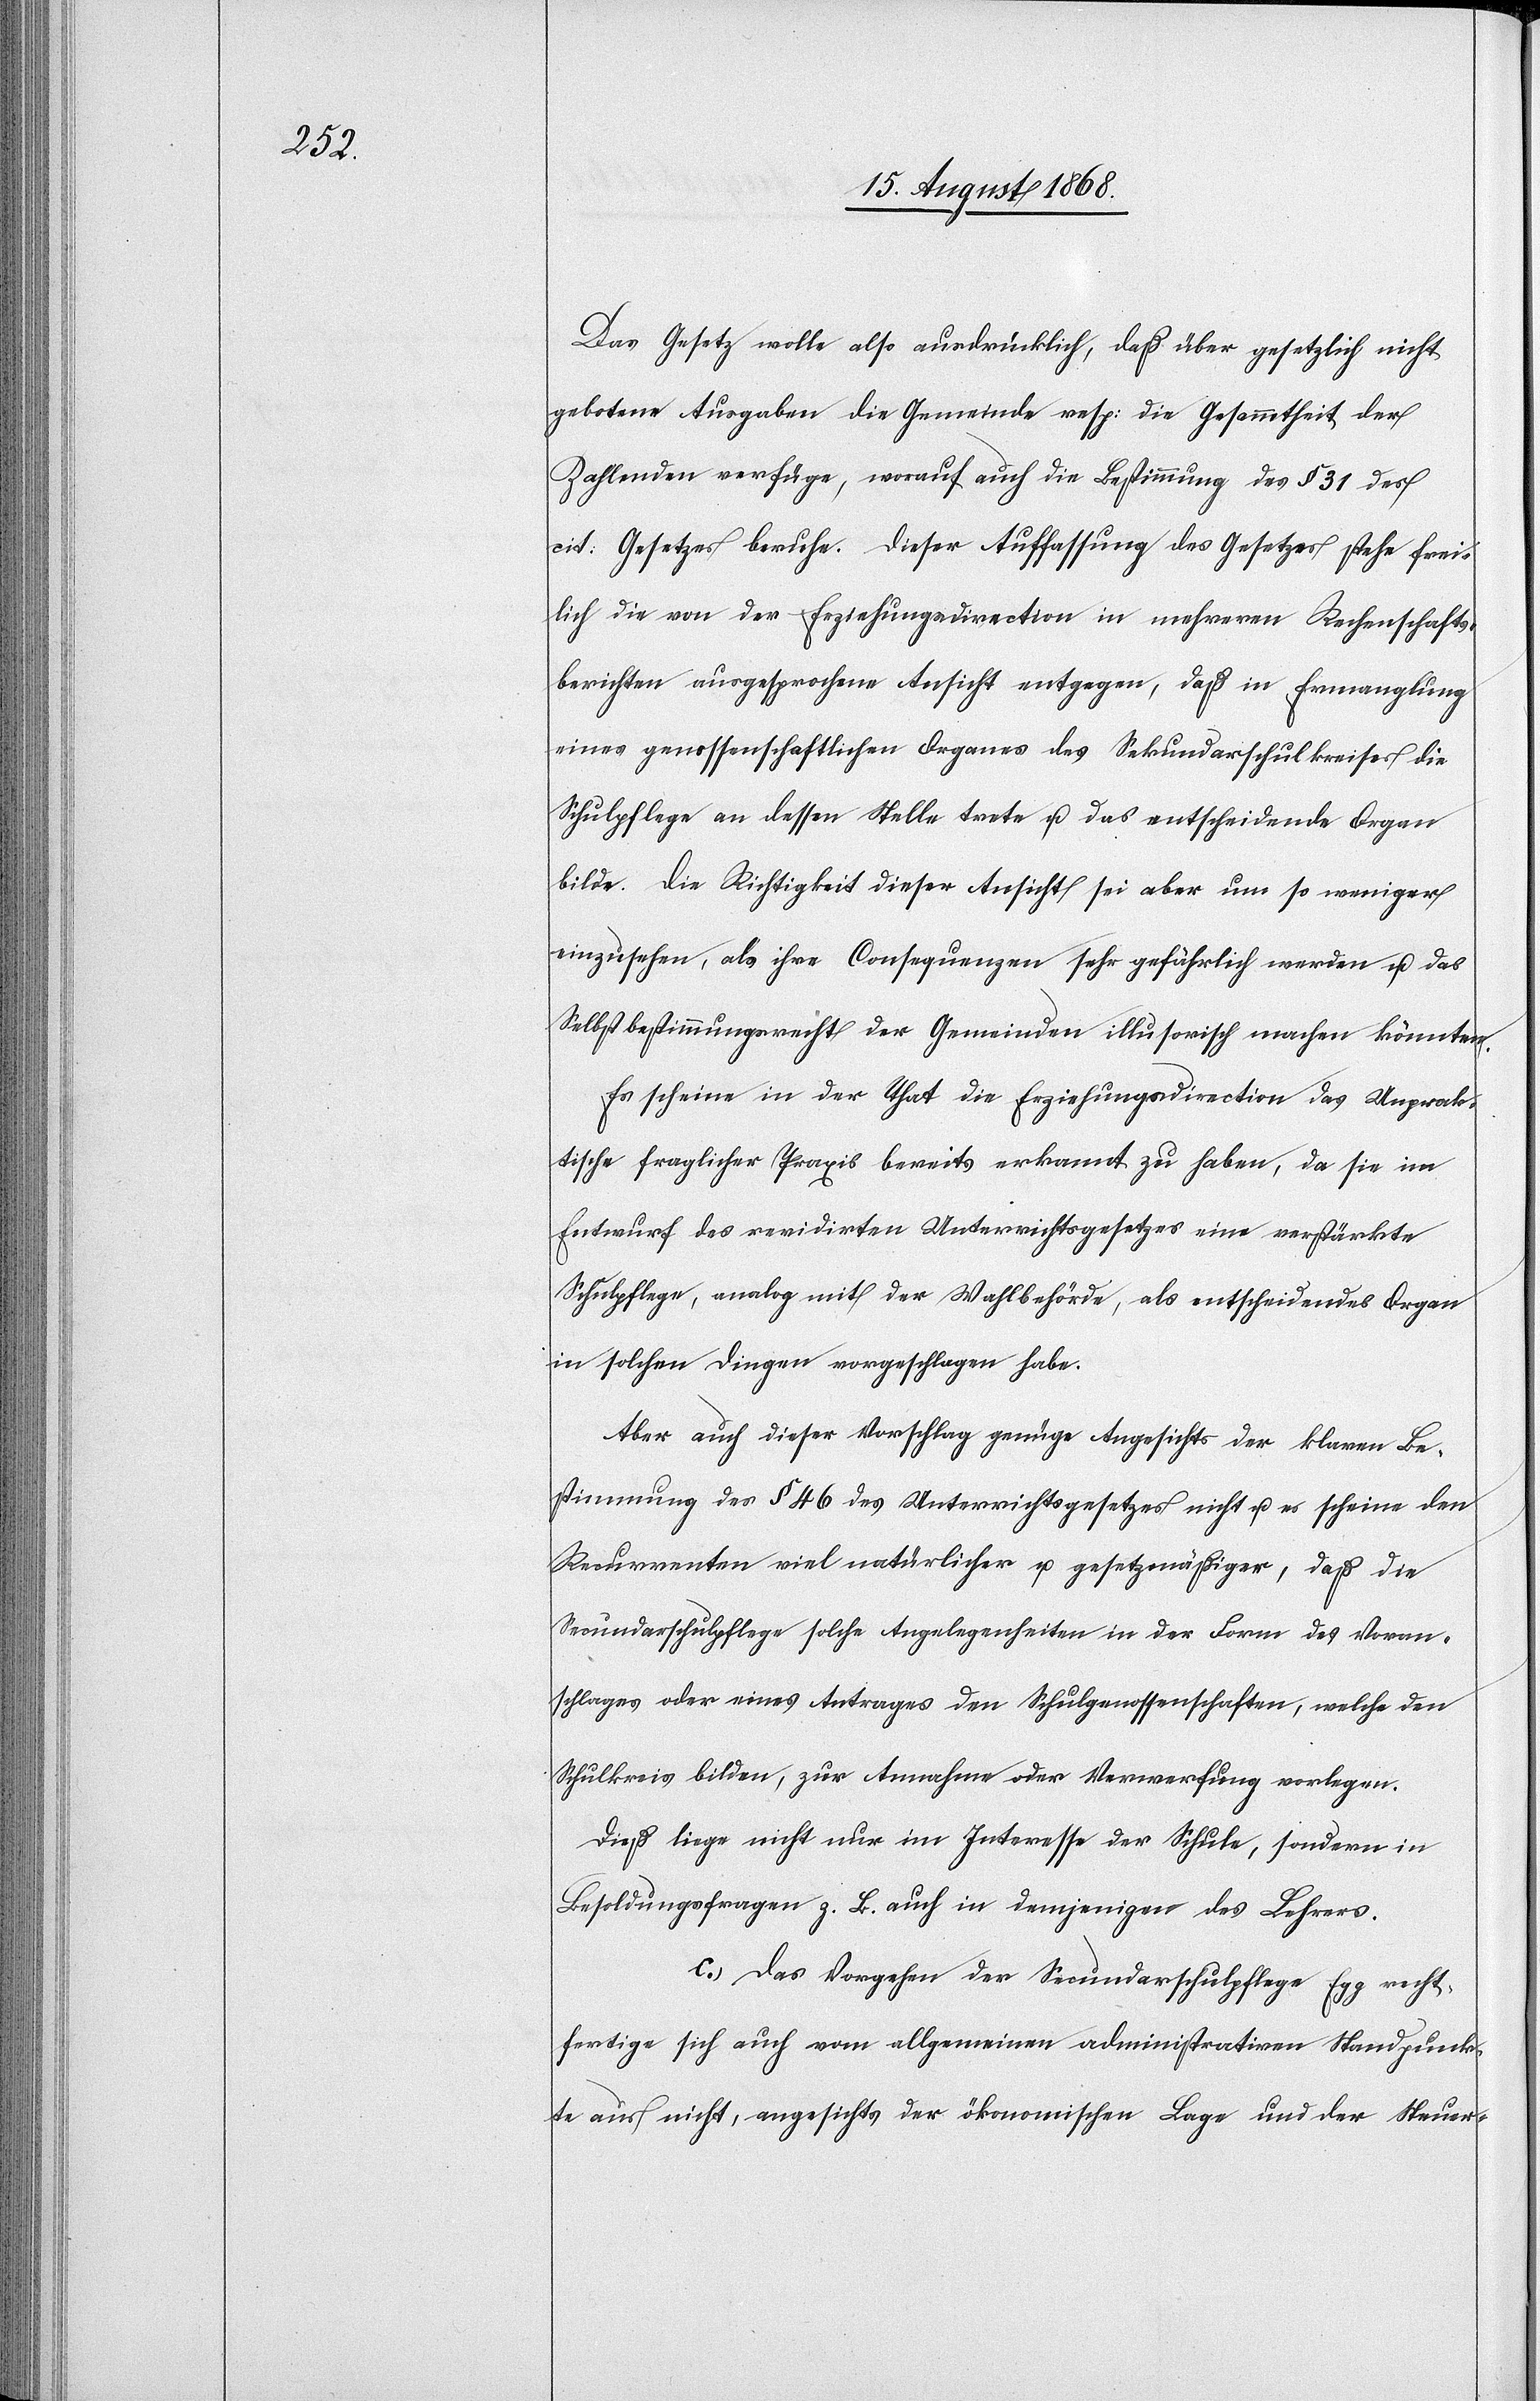
Das Gesetz wolle also ausdrücklich, daß über gesetzlich nicht
gebotene Ausgaben die Gemeinde resp: die Gesammtheit der
Zahlenden verfüge, worauf auch die Bestimmung des § 31 des
cit: Gesetzes beruhe. Dieser Auffassung des Gesetzes stehe frei¬
lich die von der Erziehungsdirection in mehreren Rechenschafts¬
berichten ausgesprochene Ansicht entgegen, daß in Ermanglung
eines genossenschaftlichen Organes des Sekundarschulkreises die
Schulpflege an dessen Stelle trete u. das entscheidende Organ
bilde. Die Richtigkeit dieser Ansicht sei aber um so weniger
einzusehen, als ihre Consequenzen sehr gefährlich werden u. das
Selbstbestimmungsrecht der Gemeinden illusorisch machen könnten.
Es scheine in der That die Erziehungsdirection das Unprak¬
tische fraglicher Praxis bereits erkannt zu haben, da sie im
Entwurf des revidirten Unterrichtsgesetzes eine verstärkte
Schulpflege, analog mit der Wahlbehörde, als entscheidendes Organ
in solchen Dingen vorgeschlagen habe.
Aber auch dieser Vorschlag genüge Angesichts der klaren Be¬
stimmung des § 46 des Unterrichtsgesetzes nicht u. es scheine den
Recurrenten viel natürlicher u. gesetzmäßiger, daß die
Secundarschulpflege solche Angelegenheiten in der Form des Voran¬
schlages oder eines Antrages den Schulgenossenschaften, welche den
Schulkreis bilden, zur Annahme oder Verwerfung vorlegen.
Dieß liege nicht nur im Interesse der Schule, sondern in
Besoldungsfragen z. B. auch in demjenigen des Lehrers.
c.) Das Vorgehen der Secundarschulpflege Egg recht¬
fertige sich auch vom allgemeinen administrativen Standpunk¬
te aus nicht, angesichts der ökonomischen Lage und der Steuer-